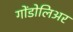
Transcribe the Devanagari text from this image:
गोंडोलिअर